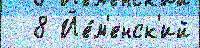
  8 Йе́м'енск'ий